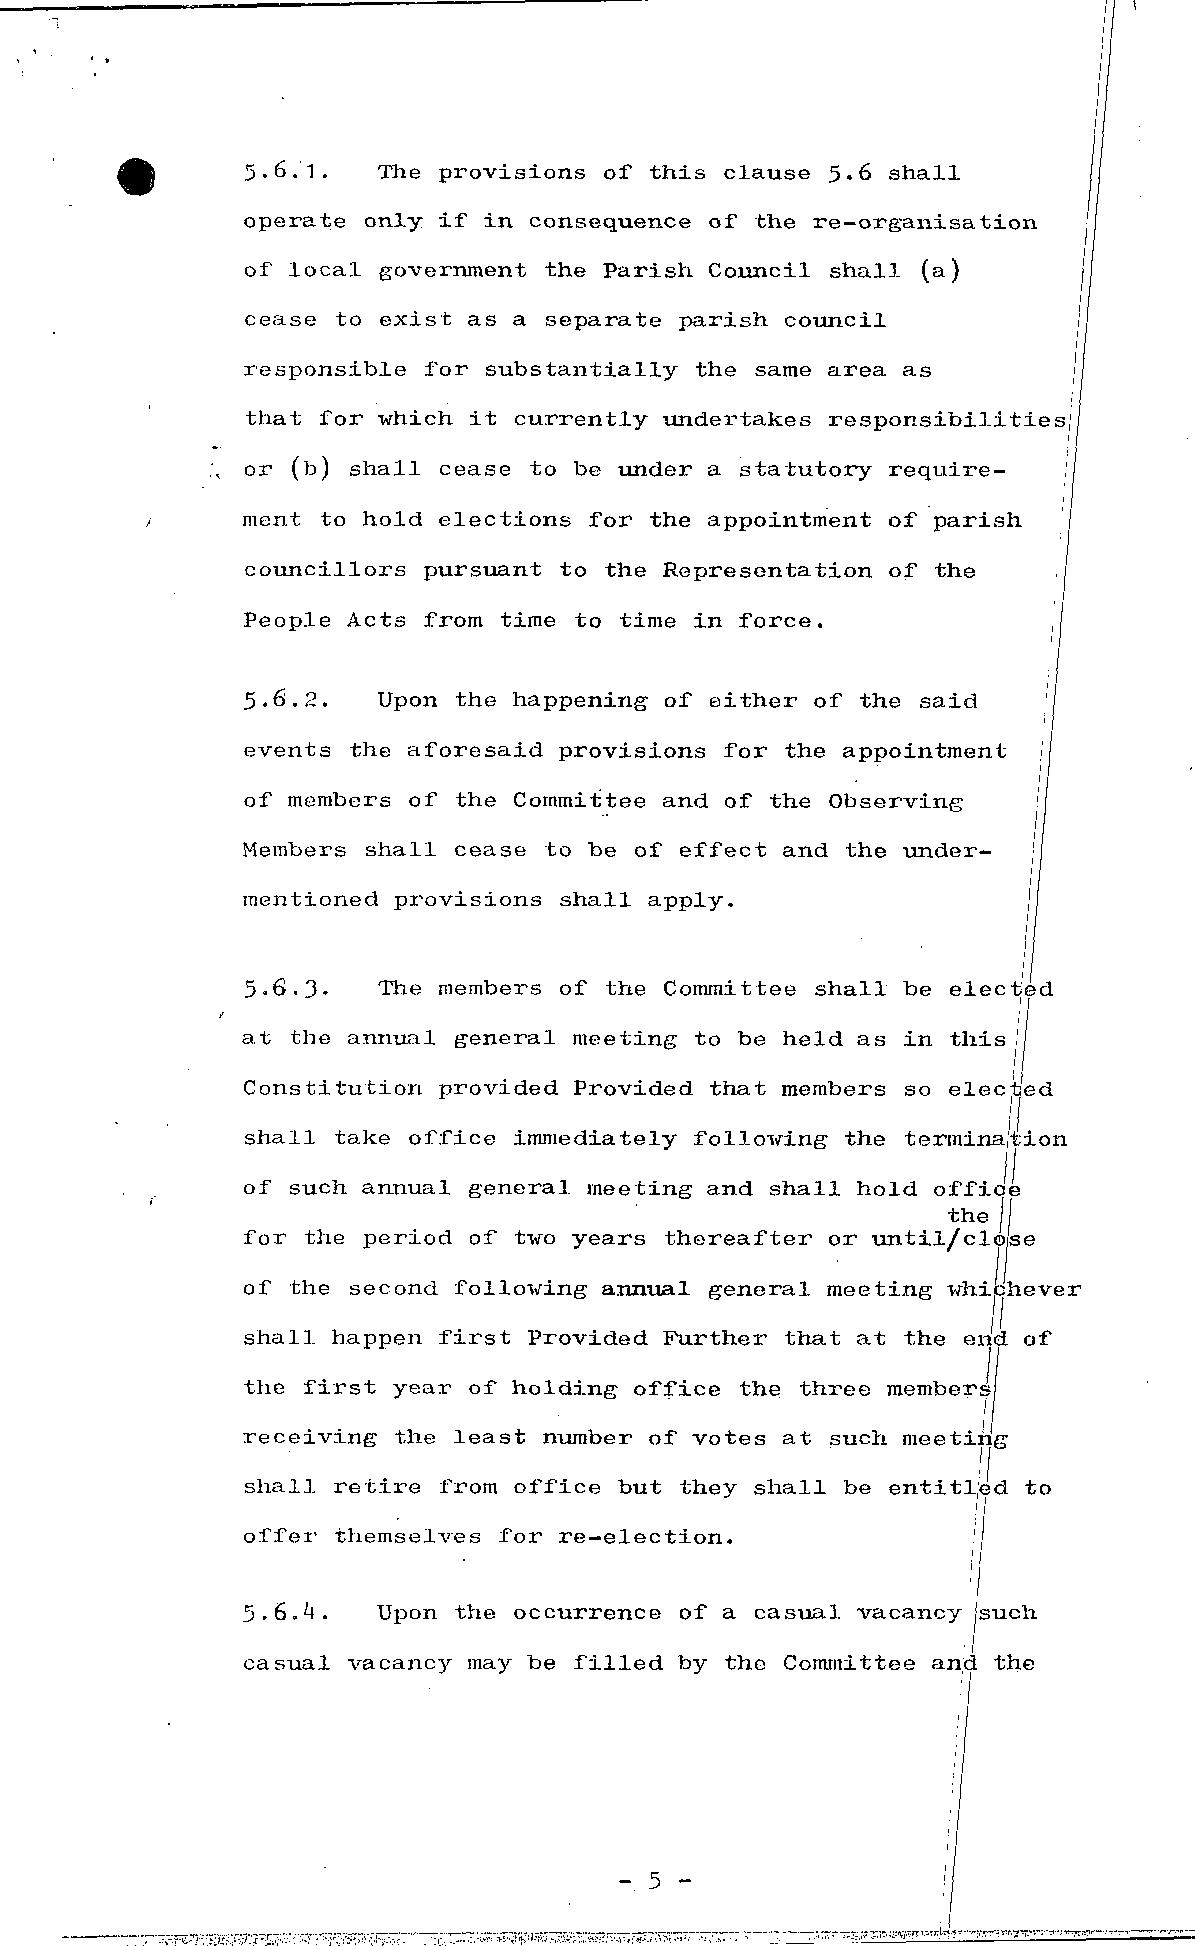
5.6.1.   The provisions of this clause 5.6 shall
 operate only if in consequence of the re-organisation
 of local government the Parish Council shall, (a)
 cease to exist as a separate parish council
 responsible f or substantially the same area as
 that f or which it currently undertakes responsibilities
 or (b) shall cease to be under a statutory require- j
 ment to hold elections f or the appointment of parish '
 councillors pursuant to the Representation of the  i
 People Acts from time to time in force.
 5.6.2.   Upon the happening of either of the said
 events the aforesaid provisions f or the appointment
 of members of the Committee and of the Observing
 Members shall cease to be of effect and the under
 mentioned provisions shall apply.
 5«6.3.   The members of the Committee shall be elected
 at the annual general meeting to be held as in this
 Constitution provided Provided that members so elec ed
 shall take office immediately following the terminaition
 of such annual general meeting and shall hold office
 the I
 for the period of two years thereafter or imtil/clolse
 of the second following annual general meeting whichever
 shall happen f i r st Provided Further that at the end of
 the f i r st year of holding office the three membersi
 receiving the least number of votes at such meeting
 11
 shall retire from office but they shall be entitled to
 5o.f6f.er4 . themUspeolnv ets hef oorc cruer-reelnecec tioof n.a casual vacancy such
 casual vacancy may be f i l l ed by the Committee and the
 - 5 -
 ;    --~~;XT;,7-:wF,r- V*4>ft' "•